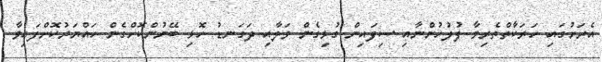
އެރަށުގައި ހަރަކާތްތެރިވާ ފުލުހުންނާއި ސިފައިން ގުޅިގެން ވަލާއި ދަގަނޑު ހޮޅި ބޭނުންކޮށްގެން ހައްޔަރުކޮށްފައިވާ